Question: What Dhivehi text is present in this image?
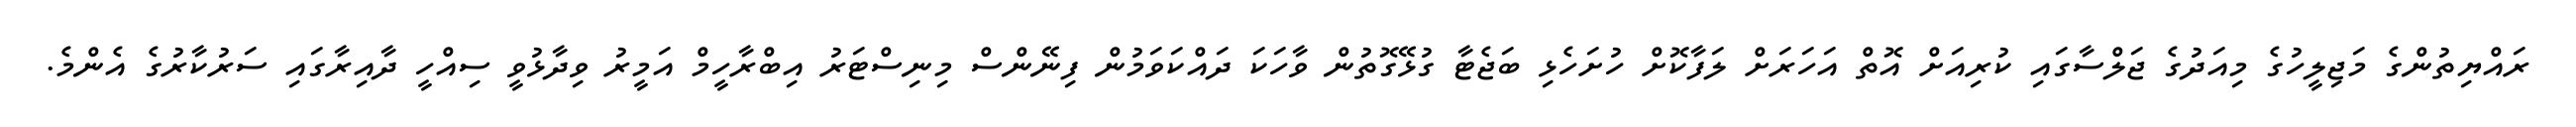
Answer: ރައްޔިތުންގެ މަޖިލީހުގެ މިއަދުގެ ޖަލްސާގައި ކުރިއަށް އޮތް އަހަރަށް ލަފާކޮށް ހުށަހެޅި ބަޖެޓާ ގުޅޭގޮތުން ވާހަކަ ދައްކަވަމުން ފިނޭންސް މިނިސްޓަރު އިބްރާހީމް އަމީރު ވިދާޅުވީ ސިއްހީ ދާއިރާގައި ސަރުކާރުގެ އެންމެ.